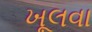
ખૂલવા